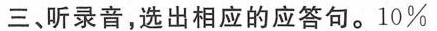
三、听录音,选出相应的应答句.10%